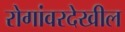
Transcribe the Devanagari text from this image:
रोगांवरदेखील